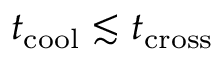
t _ { \mathrm { c o o l } } \lesssim t _ { \mathrm { c r o s s } }